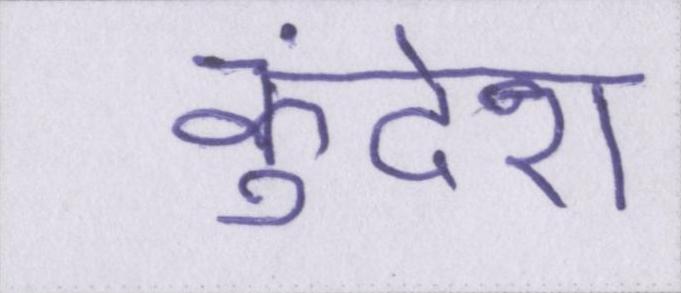
कुंदेरा